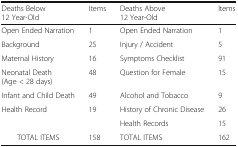
| Deaths Below 12 Year-Old | Items | Deaths Above 12 Year-Old | Items |
 | --- | --- | --- | --- |
 | Open Ended Narration | 1 | Open Ended Narration | 1 |
 | Background | 25 | Injury / Accident | 5 |
 | Maternal History | 16 | Symptoms Checklist | 91 |
 | Neonatal Death (Age < 28 days) | 48 | Question for Female | 15 |
 | Infant and Child Death | 49 | Alcohol and Tobacco | 9 |
 | Health Record | 19 | History of Chronic Disease | 26 |
 |  |  | Health Records | 15 |
 | TOTAL ITEMS | 158 | TOTAL ITEMS | 162 |